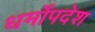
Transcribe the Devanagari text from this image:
धर्मोंपदेश